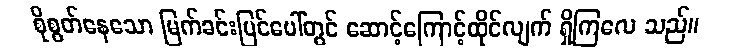
စိုစွတ်နေသော မြက်ခင်းပြင်ပေါ်တွင် ဆောင့်ကြောင့်ထိုင်လျက် ရှိကြလေ သည်။